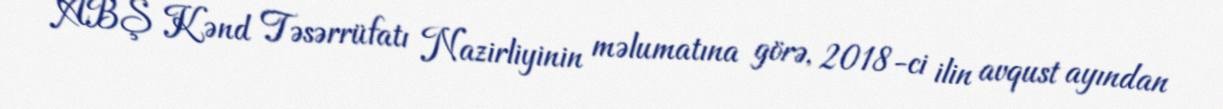
ABŞ Kənd Təsərrüfatı Nazirliyinin məlumatına görə, 2018-ci ilin avqust ayından